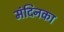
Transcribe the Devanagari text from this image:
मंदिनका